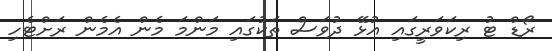
ރޯޑް ޓު ރިކަވަރީގައި އުޅޭ ދުވަސް ތަކުގައި މަންމަ މެން އެމެން ރަށްޓެހި